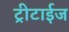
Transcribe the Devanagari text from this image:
ट्रीटाईज